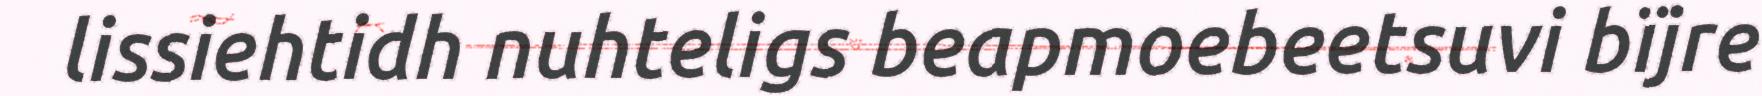
lissiehtidh nuhteligs beapmoebeetsuvi bïjre